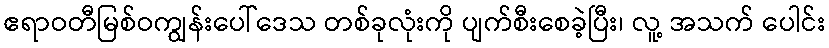
ဧရာဝတီမြစ်ဝကျွန်းပေါ်ဒေသ တစ်ခုလုံးကို ပျက်စီးစေခဲ့ပြီး၊ လူ့ အသက် ပေါင်း